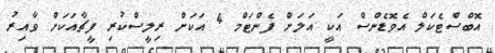
އޮބްސްޓެކަލް އެވޮޑެންސް އަކީ އަލަށް ފެންޓަމް 4 އަކަށް ރިލީސްކުރި ފީޗާއަކަށް ވާއިރު